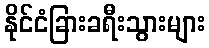
နိုင်ငံခြားခရီးသွားများ